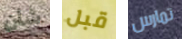
شأن قبل تمارس